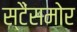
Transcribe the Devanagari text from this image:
स्टैंसमोर